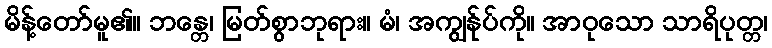
မိန့်တော်မူ၏။ ဘန္တေ၊ မြတ်စွာဘုရား။ မံ၊ အကျွန်ုပ်ကို။ အာဝုသော သာရိပုတ္တ၊